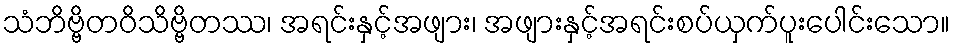
သံဘိဗ္ဗိတဝိသိဗ္ဗိတဿ၊ အရင်းနှင့်အဖျား၊ အဖျားနှင့်အရင်းစပ်ယှက်ပူးပေါင်းသော။